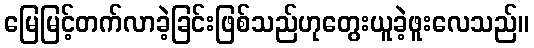
မြေမြင့်တက်လာခဲ့ခြင်းဖြစ်သည်ဟုတွေးယူခဲ့ဖူးလေသည်။